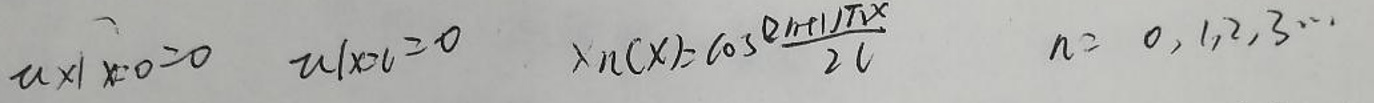
$u \vert _ { x = 0 } = 0 \quad u \vert _ { x = l } = 0 \quad X _ { n } ( x ) = \cos \frac { ( n + \frac { 1 } { 2 } ) \pi x } { 2 l } \quad n = 0, 1, 2, 3 \cdots$